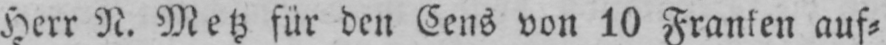
Herr N. Metz für den Cens von 10 Franken auf⸗